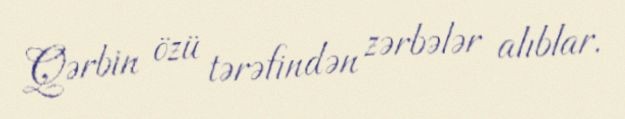
Qərbin özü tərəfindən zərbələr alıblar.